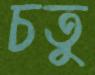
চতু